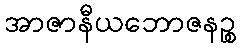
အာဇာနီယဘောဇနဉ္စ